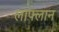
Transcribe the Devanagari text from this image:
लाफ्लान